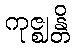
ကုဇ္ဈန္တိ